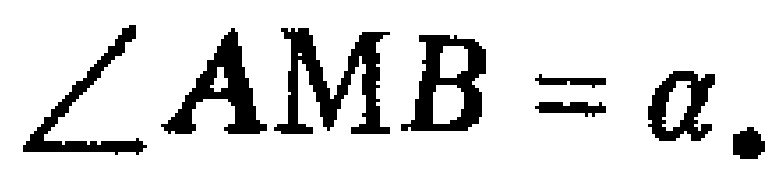
$\angle AMB = \alpha.$